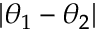
| \theta _ { 1 } - \theta _ { 2 } |